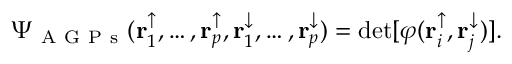
\Psi _ { \mathrm { ~ A ~ G ~ P ~ s ~ } } ( \mathbf { r } _ { 1 } ^ { \uparrow } , \dots , \mathbf { r } _ { p } ^ { \uparrow } , \mathbf { r } _ { 1 } ^ { \downarrow } , \dots , \mathbf { r } _ { p } ^ { \downarrow } ) = \operatorname* { d e t } [ \varphi ( \mathbf { r } _ { i } ^ { \uparrow } , \mathbf { r } _ { j } ^ { \downarrow } ) ] .